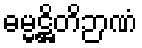
ဓမ္မဋ္ဌိတိဉာဏံ